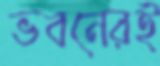
ভবনেরই